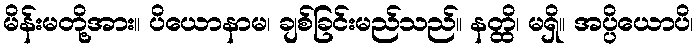
မိန်းမတို့အား။ ပိယောနာမ၊ ချစ်ခြင်းမည်သည်။ နတ္ထိ၊ မရှိ။ အပ္ပိယောပိ၊